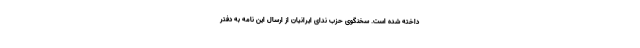
داخته‌ شده است. سخنگوی حزب ندای ایرانیان از ارسال این نامه به دفتر